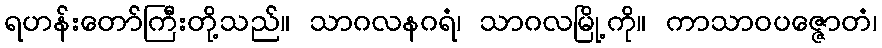
ရဟန်းတော်ကြီးတို့သည်။ သာဂလနဂရံ၊ သာဂလမြို့ကို။ ကာသာဝပဇ္ဇောတံ၊